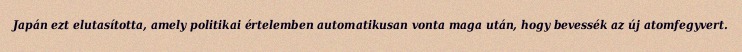
Japán ezt elutasította, amely politikai értelemben automatikusan vonta maga után, hogy bevessék az új atomfegyvert.